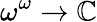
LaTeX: \omega^{\omega}\to\mathbb{C}